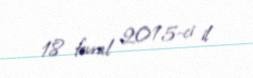
18 fevral 2015-ci il